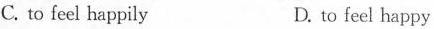
C. to feel happily D. to feel happy